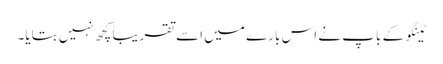
ٹینگو کے باپ نے اس بارے میں اسے تقریباً کچھ نہیں بتایا۔